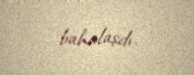
bahalaşdı.